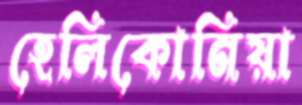
হেলিকোনিয়া